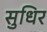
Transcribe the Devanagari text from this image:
सुधिर